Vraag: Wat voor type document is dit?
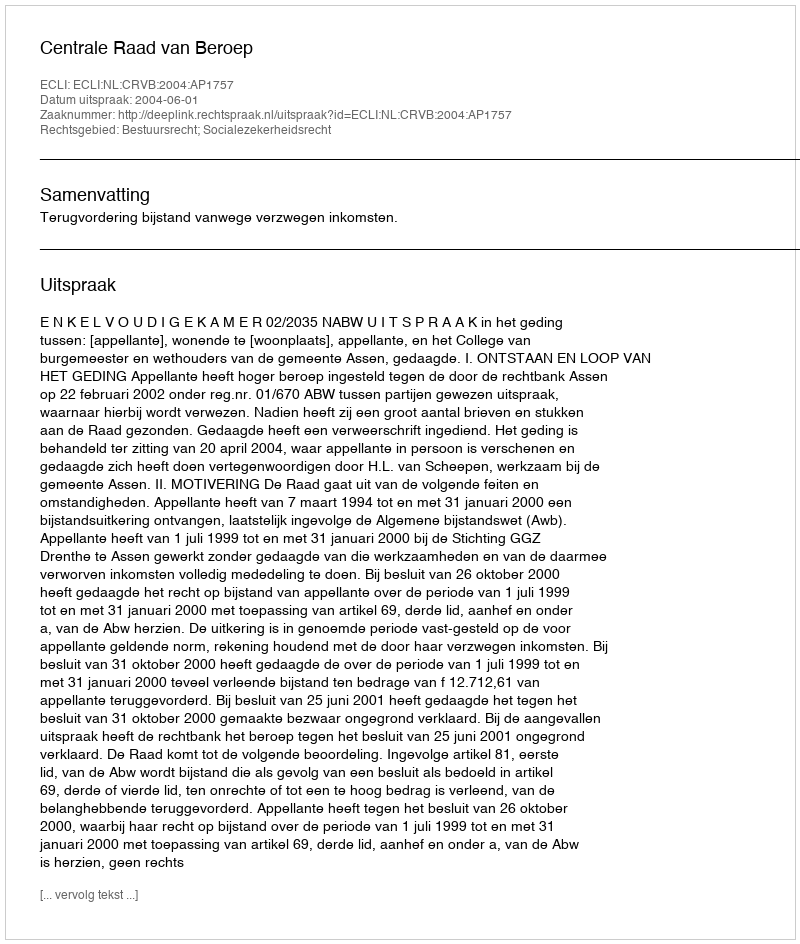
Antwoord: Uitspraak